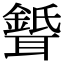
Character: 𦗦